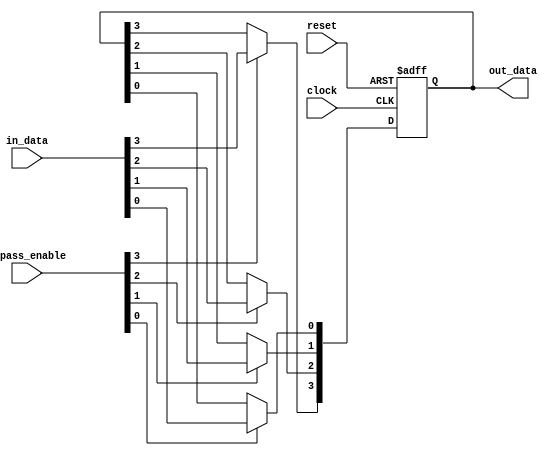
module bypass_register (
   input [3:0] in_data,
   input [3:0] bypass_enable,
   input clock,
   input reset,
   output reg [3:0] out_data
);

always @(posedge clock or posedge reset) begin
   if (reset) begin
      out_data <= 4'b0;
   end else begin
      if (bypass_enable[0]) begin
         out_data[0] <= in_data[0];
      end
      if (bypass_enable[1]) begin
         out_data[1] <= in_data[1];
      end
      if (bypass_enable[2]) begin
         out_data[2] <= in_data[2];
      end
      if (bypass_enable[3]) begin
         out_data[3] <= in_data[3];
      end
   end
end

endmodule